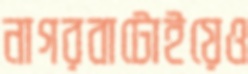
নাগরবাটোইয়েও